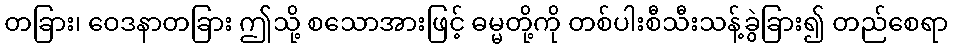
တခြား၊ ဝေဒနာတခြား ဤသို့ စသောအားဖြင့် ဓမ္မတို့ကို တစ်ပါးစီသီးသန့်ခွဲခြား၍ တည်စေရာ